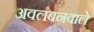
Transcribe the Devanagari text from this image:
अवलंबनवाले